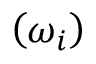
\left( \omega _ { i } \right)